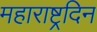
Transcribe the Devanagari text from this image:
महाराष्ट्रदिन